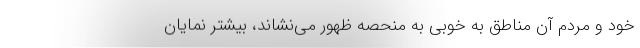
خود و مردم آن مناطق به خوبی به منحصه ظهور می‌نشاند، بیشتر نمایان